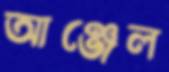
আঞ্জেল